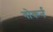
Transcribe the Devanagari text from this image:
गोकर्न